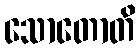
သောတောတိ